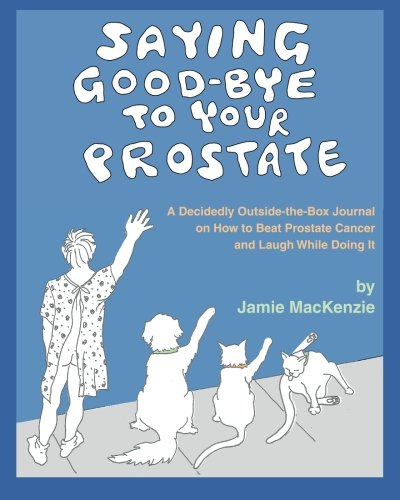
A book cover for Saying Good-Bye to Your Prostate: A Decidedly Outside-the-Box Journal on How to Beat Prostate Cancer and Laugh While Doing It; Jamie MacKenzie; Health, Fitness & Dieting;